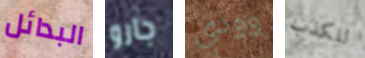
البدائل جارو وودي للكذب